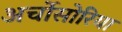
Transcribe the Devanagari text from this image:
अर्चोसोरिया